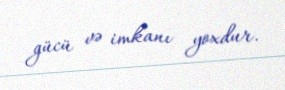
gücü və imkanı yoxdur.